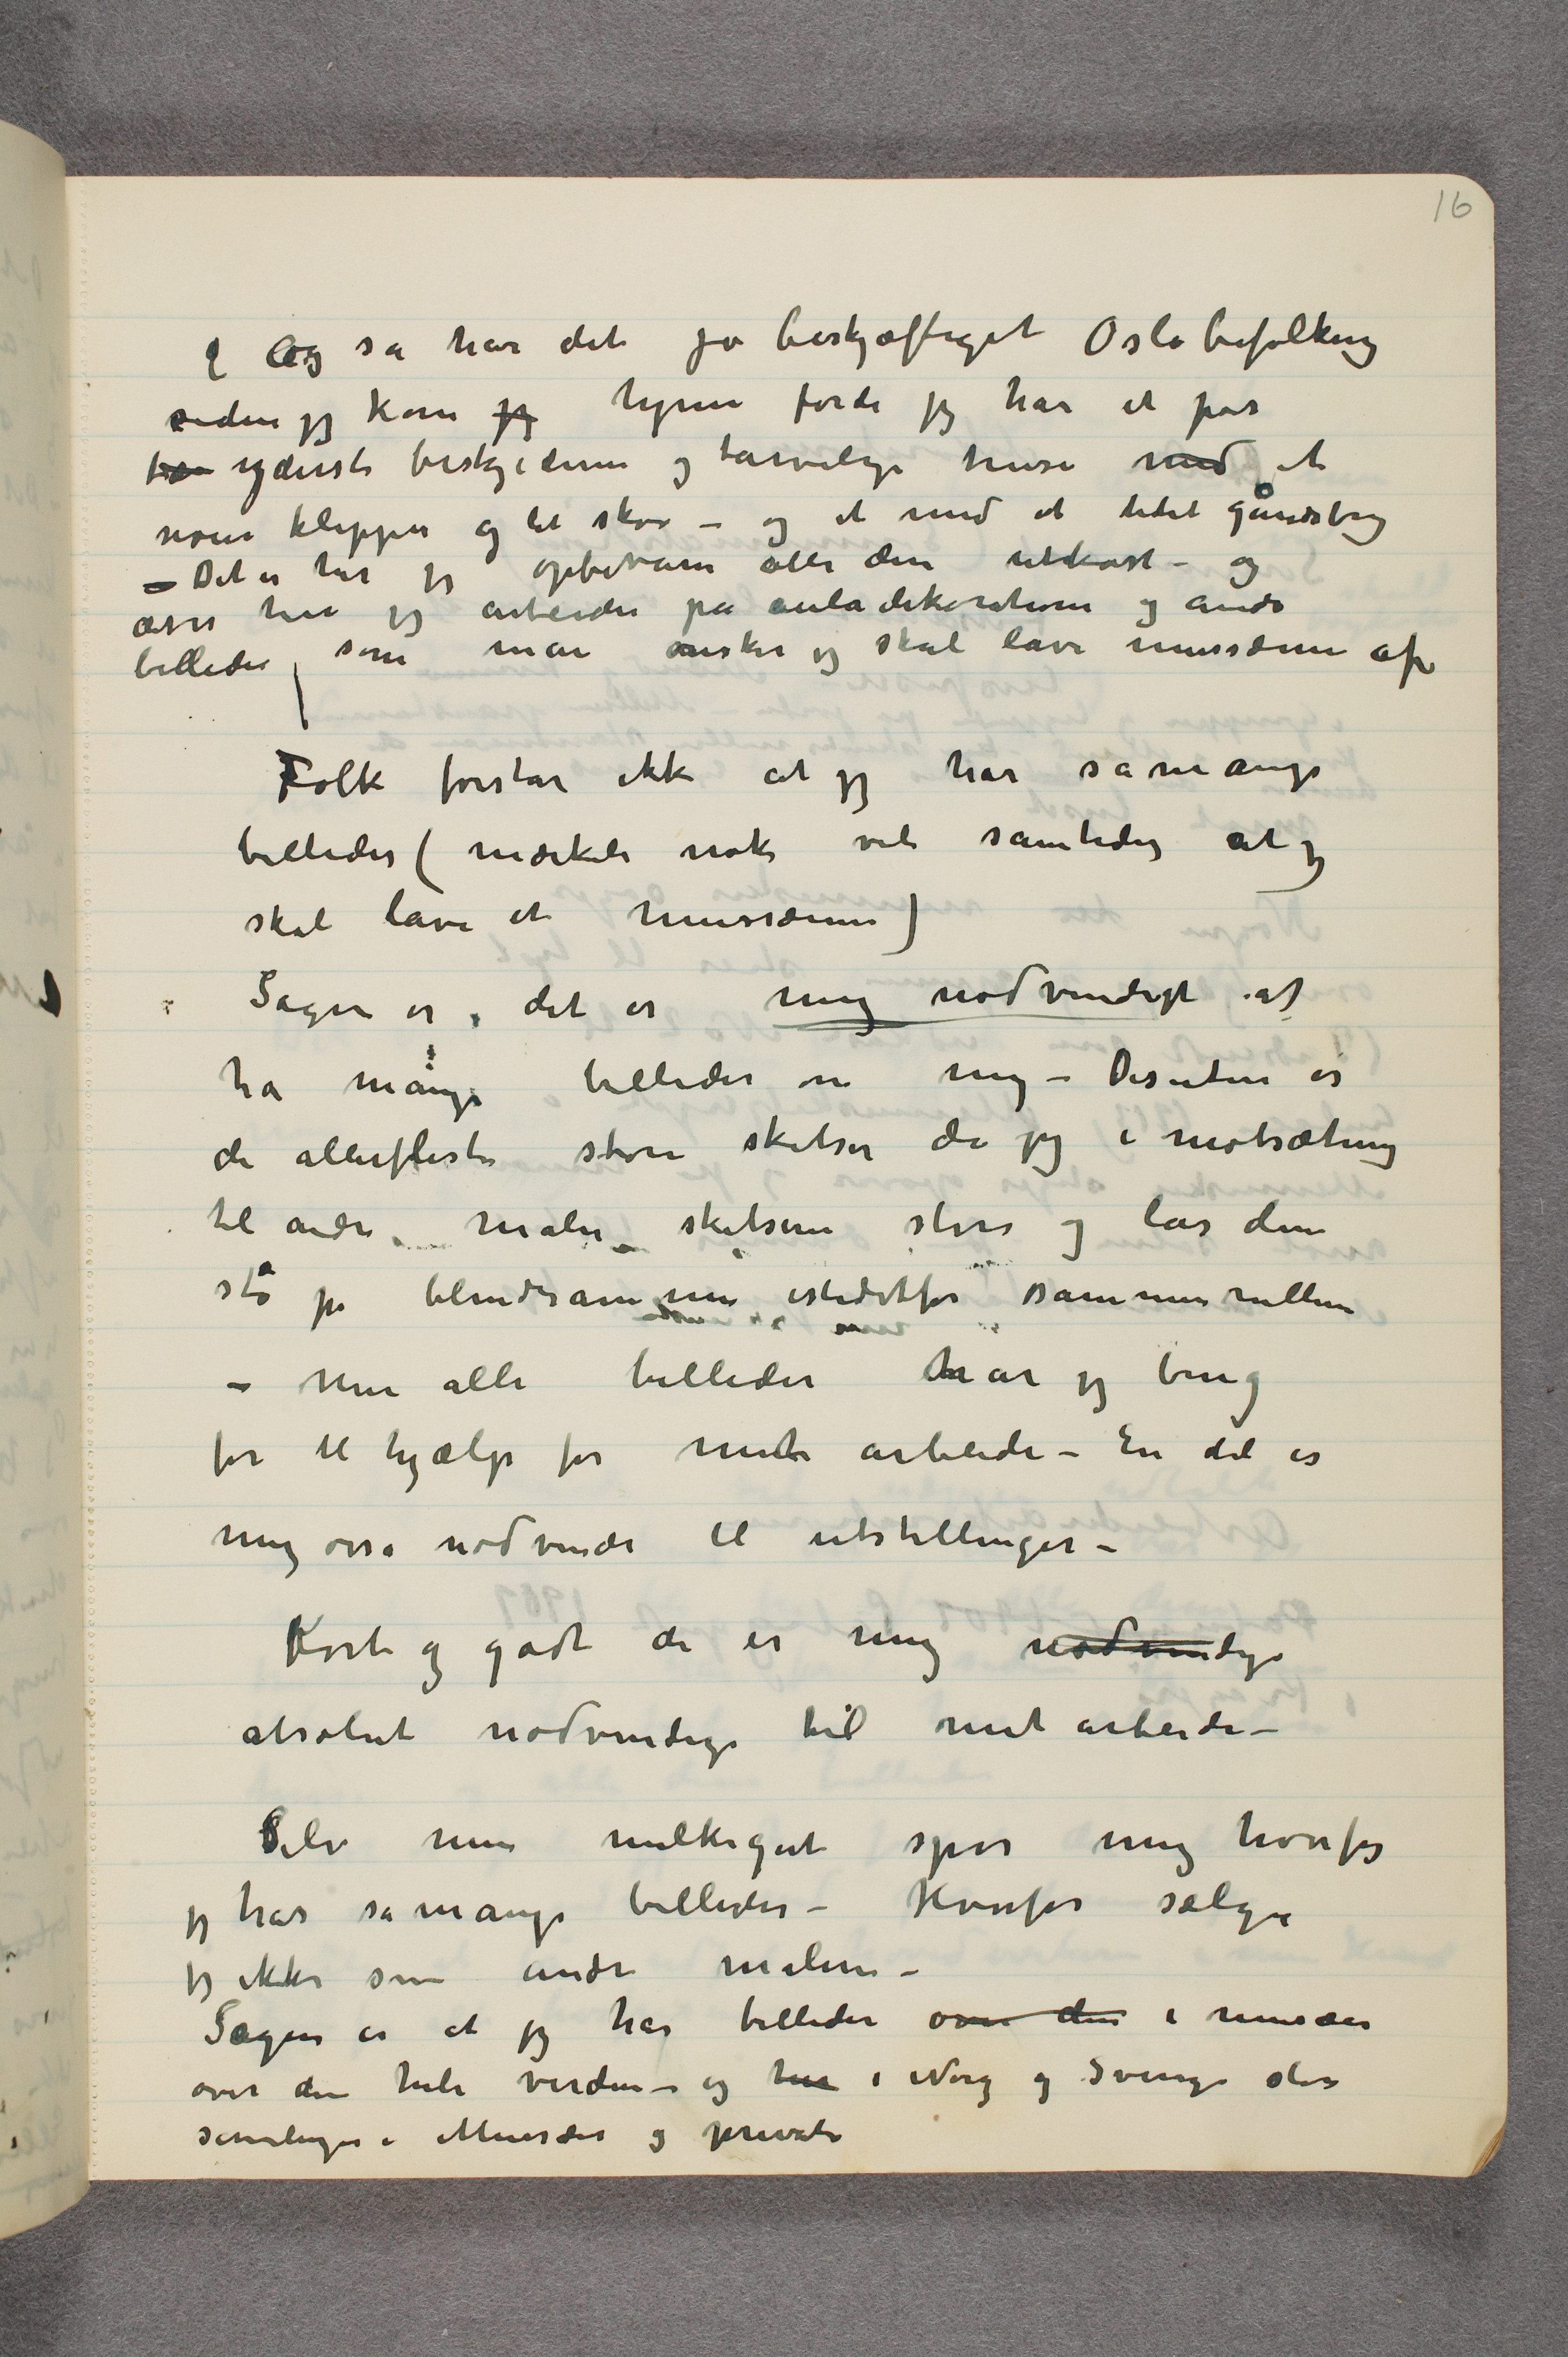
... Og så har det jo beskjæftiget Oslobefolkning
siden jeg kom jeg hjem fordi jeg har et par
 …  yderst beskjedne og tarvelige huse med et
noen klipper og lit skov – og et med et litet gårdsbrug
– Det er her jeg opbevarer alle disse utkast – og
osså her jeg arbeider på auladekorationer og andre
billeder som man ønsker jeg skal lave mussæum af
Folk forstår ikke at jeg har såmange
billeder (mærkeli nok vil samtidig at jeg
skal lave et mussæum)
Sagen er, der er mig nødvendigt at
ha mange billeder om mig – Desuten er
de allerfleste store skitser da jeg i motsætning
til andre maler skitsene store og lar dem
stå på blindramme istedetfor sammenrullne
– Men alle billeder har jeg brug
for til hjælp for mit arbeide – En del er
meg osså nødvendi til utstillinger –
Kort og godt de er mig nødvendige
absolut nødvendige til mit arbeide –
Selv min melkegut spør mig hvorfor
jeg har såmange billeder – Hvorfor sælger
jeg ikke som andre malere –
Sagen er at jeg har billeder over den i musæer
over den hele verden – og her i Norge og Sverige store
samlinger i Musæer og private